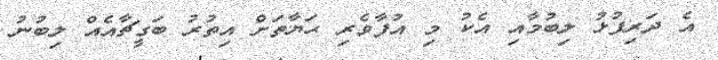
އެ ދަރިފުޅު ލިބުމާއި އެކު މި އުފާވެރި ޙަޔާތަށް އިތުރު ބަގީޗާއެއް ލިބުނު